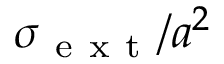
\sigma _ { \mathrm { ~ e ~ x ~ t ~ } } / a ^ { 2 }